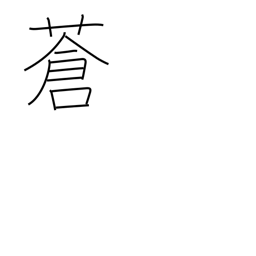
Meaning: pale